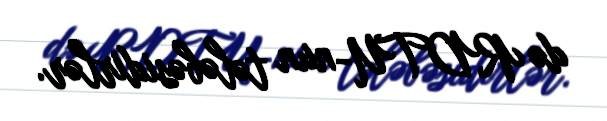
də RDTU-nun tələbəsidirlər.